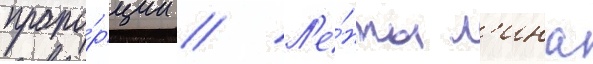
пропо́рции // Л'е́нты л'ина